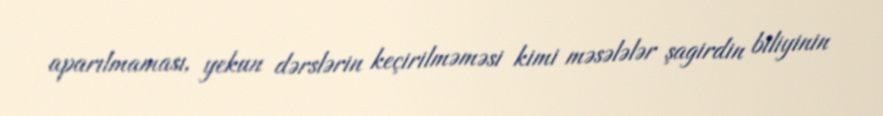
aparılmaması, yekun dərslərin keçirilməməsi kimi məsələlər şagirdin biliyinin